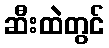
ဆီးထဲတွင်